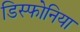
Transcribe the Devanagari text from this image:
डिस्फोनिया